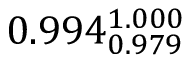
0 . 9 9 4 _ { 0 . 9 7 9 } ^ { 1 . 0 0 0 }